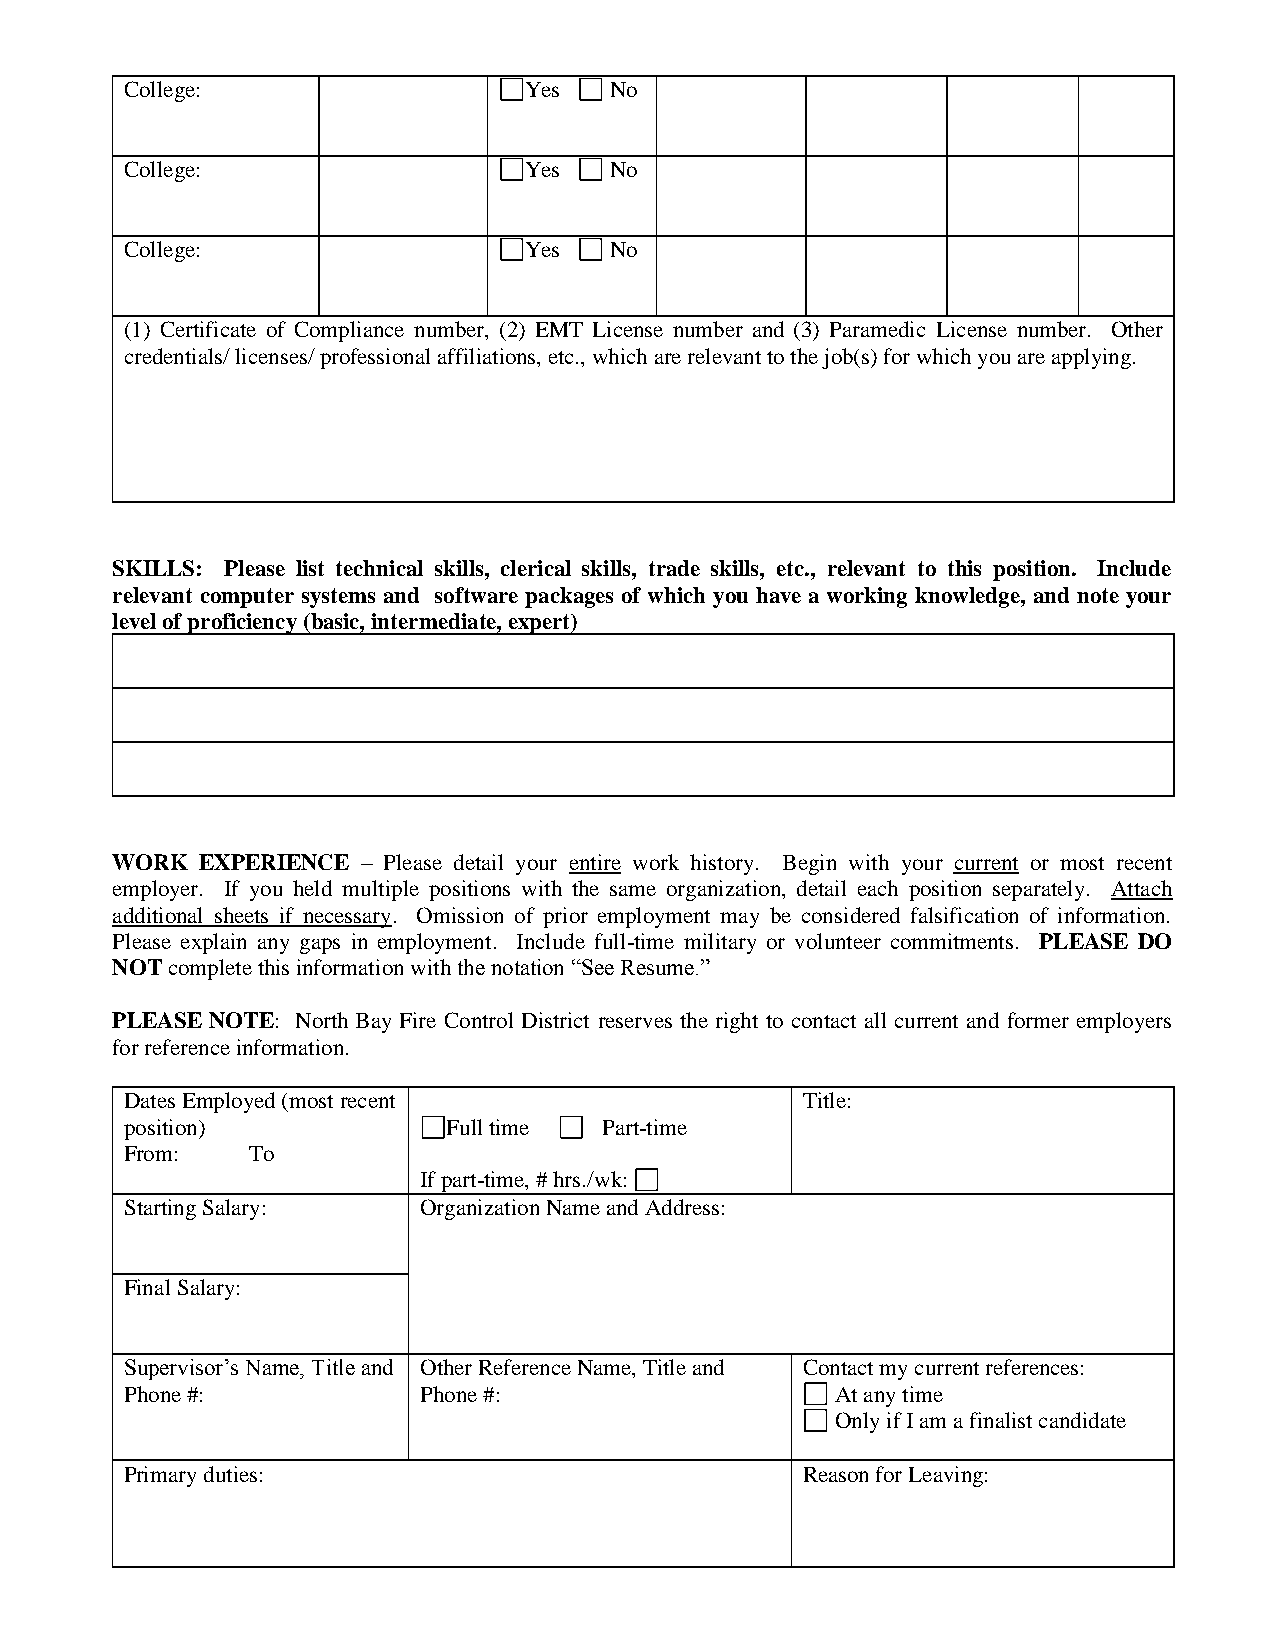
College:                   Yes  No
 College:                   Yes  No
 College:                   Yes  No
 (1) Certificate of Compliance number, (2) EMT License number and (3) Paramedic License number. Other
 credentials/ licenses/ professional affiliations, etc., which are relevant to the job(s) for which you are applying.
 SKILLS: Please list technical skills, clerical skills, trade skills, etc., relevant to this position. Include
 relevant computer systems and software packages of which you have a working knowledge, and note your
 level of proficiency (basic, intermediate, expert)
 WORK  EXPERIENCE – Please detail your entire work history. Begin with your current or most recent
 employer. If you held multiple positions with the same organization, detail each position separately. Attach
 additional sheets if necessary. Omission of prior employment may be considered falsification of information.
 Please explain any gaps in employment. Include full-time military or volunteer commitments. PLEASE DO
 NOT complete this information with the notation “See Resume.”
 PLEASE NOTE: North Bay Fire Control District reserves the right to contact all current and former employers
 for reference information.
 Dates Employed (most recent                  Title:
 position)             Full time Part-time
 From:   To
 If part-time, # hrs./wk:
 Starting Salary:    Organization Name and Address:
 Final Salary:
 Supervisor’s Name, Title and Other Reference Name, Title and Contact my current references:
 Phone #:            Phone #:                   At any time
 Only if I am a finalist candidate
 Primary duties:                              Reason for Leaving: